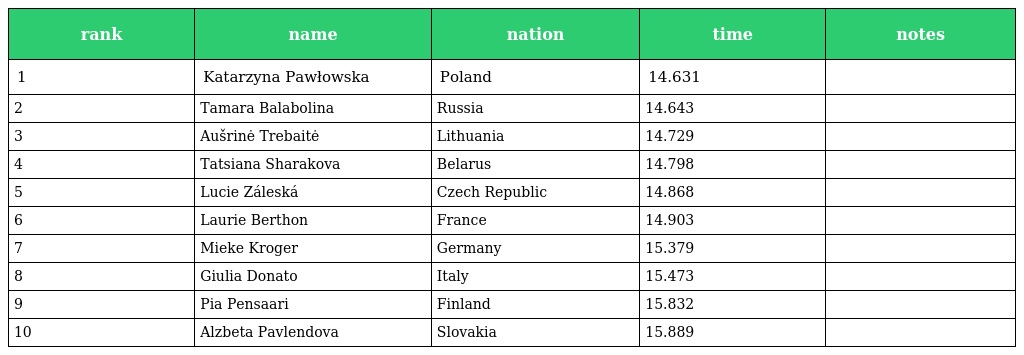
| rank | name | nation | time | notes |
 | --- | --- | --- | --- | --- |
 | 1 | Katarzyna Pawłowska | Poland | 14.631 |  |
 | 2 | Tamara Balabolina | Russia | 14.643 |  |
 | 3 | Aušrinė Trebaitė | Lithuania | 14.729 |  |
 | 4 | Tatsiana Sharakova | Belarus | 14.798 |  |
 | 5 | Lucie Záleská | Czech Republic | 14.868 |  |
 | 6 | Laurie Berthon | France | 14.903 |  |
 | 7 | Mieke Kroger | Germany | 15.379 |  |
 | 8 | Giulia Donato | Italy | 15.473 |  |
 | 9 | Pia Pensaari | Finland | 15.832 |  |
 | 10 | Alzbeta Pavlendova | Slovakia | 15.889 |  |